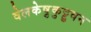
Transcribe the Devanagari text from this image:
वेलकेष़ुकुट्टुवन